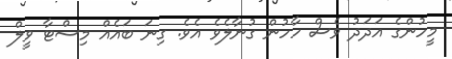
މީހުންގެ އަދަދު ވެސް ހާހުން ގުނާލެވެ އެވެ. ގިނަ ބައެއް މިސްޓާ ވީލް